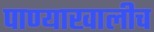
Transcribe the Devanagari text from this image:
पाण्याखालीच